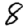
Digit: 8